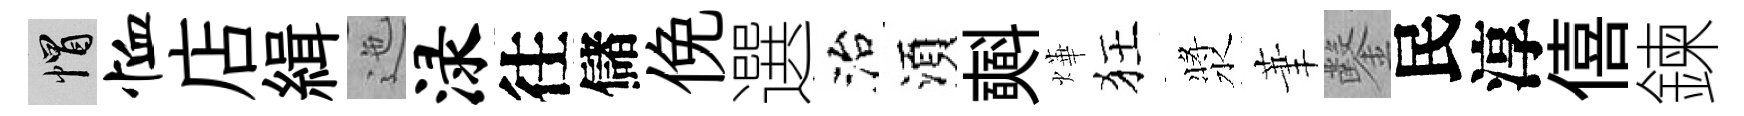
帽恤店緝迤渌往儲俛選治湏𣂏燁狂漿茟鑿民淳僖鍊